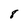
Character: 8